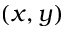
( x , y )